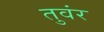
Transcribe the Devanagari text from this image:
तुवंर